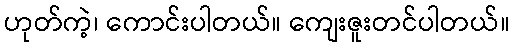
ဟုတ်ကဲ့၊ ကောင်းပါတယ်။ ကျေးဇူးတင်ပါတယ်။